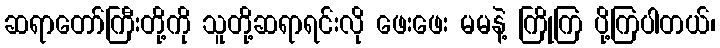
ဆရာတော်ကြီးတို့ကို သူတို့ဆရာရင်းလို ဖေးဖေး မမနဲ့ ကြိုကြ ပို့ကြပါတယ်၊